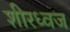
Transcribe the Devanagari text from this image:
शीरध्वज